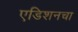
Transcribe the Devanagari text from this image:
एडिशनचा